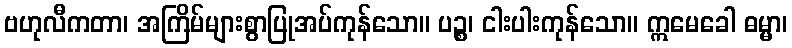
ဗဟုလီကတာ၊ အကြိမ်များစွာပြုအပ်ကုန်သော။ ပဉ္စ၊ ငါးပါးကုန်သော။ ဣမေခေါ ဓမ္မာ၊